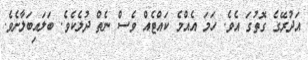
އަދުރޭގެ ގޮތުގަ އެވެ. ހަމަ އެއްމެ ކައްޓެއް ވެސް ނެތް ދުލެކެވެ. ބަލައިބަލާށެވެ.